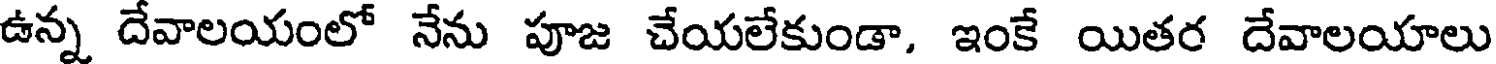
ఉన్న దేవాలయంలో నేను పూజ చేయలేకుండా, ఇంకే యితర దేవాలయాలు